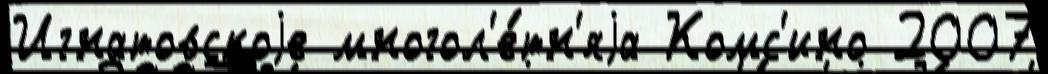
Игнатовскоjе многол'е́тн'яjа Комс'ино 2007